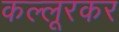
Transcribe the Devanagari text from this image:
कल्लूरकर